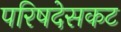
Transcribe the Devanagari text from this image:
परिषदेसकट